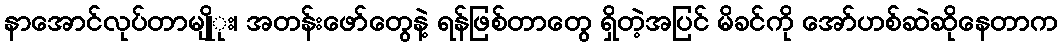
နာအောင်လုပ်တာမျိုုး၊ အတန်းဖော်တွေနဲ့ ရန်ဖြစ်တာတွေ ရှိတဲ့အပြင် မိခင်ကို အော်ဟစ်ဆဲဆိုနေတာက